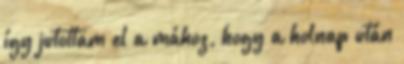
így jutottam el a mához, hogy a holnap után